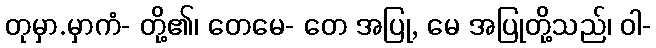
တုမှာ.မှာကံ- တို့၏၊ တေမေ- တေ အပြု, မေ အပြုတို့သည်၊ ဝါ-